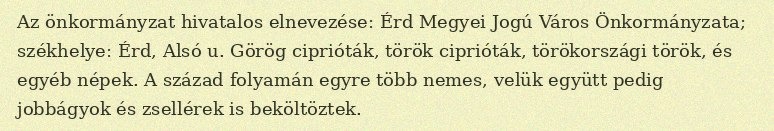
Az önkormányzat hivatalos elnevezése: Érd Megyei Jogú Város Önkormányzata; székhelye: Érd, Alsó u. Görög ciprióták, török ciprióták, törökországi török, és egyéb népek. A század folyamán egyre több nemes, velük együtt pedig jobbágyok és zsellérek is beköltöztek.